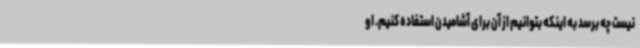
نیست چه برسد به اینکه بتوانیم از آن برای آشامیدن استفاده کنیم. او